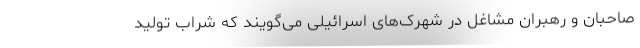
صاحبان و رهبران مشاغل در شهرک‌های اسرائیلی می‌گویند که شراب تولید